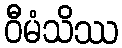
ဝီမံသိဿ